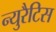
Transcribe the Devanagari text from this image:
न्युरैटिस